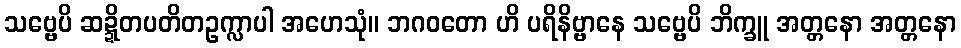
သဗ္ဗေပိ ဆဍ္ဍိတပတိတဥက္လာပါ အဟေသုံ။ ဘဂဝတော ဟိ ပရိနိဗ္ဗာနေ သဗ္ဗေပိ ဘိက္ခူ အတ္တနော အတ္တနော